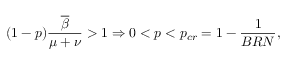
( 1 - p ) \frac { \overline { { \beta } } } { \mu + \nu } > 1 \Rightarrow 0 < p < p _ { c r } = 1 - \frac { 1 } { B R N } ,